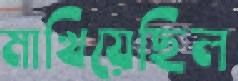
মাখিয়েছিল